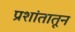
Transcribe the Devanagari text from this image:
प्रशांतातून